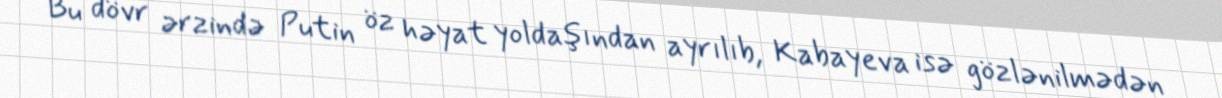
Bu dövr ərzində Putin öz həyat yoldaşından ayrılıb, Kabayeva isə gözlənilmədən